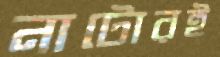
নাটোরই